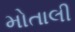
મોતાલી